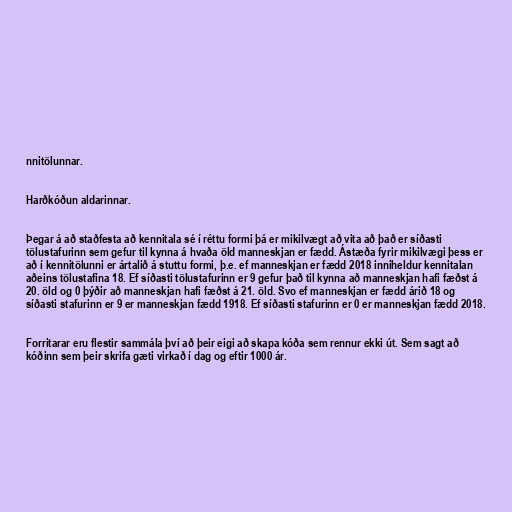
nnitölunnar.

Harðkóðun aldarinnar.

Þegar á að staðfesta að kennitala sé í réttu formi þá er mikilvægt að vita að það er síðasti
tölustafurinn sem gefur til kynna á hvaða öld manneskjan er fædd. Ástæða fyrir mikilvægi þess er
að í kennitölunni er ártalið á stuttu formi, þ.e. ef manneskjan er fædd 2018 inniheldur kennitalan
aðeins tölustafina 18. Ef síðasti tölustafurinn er 9 gefur það til kynna að manneskjan hafi fæðst á
20. öld og 0 þýðir að manneskjan hafi fæðst á 21. öld. Svo ef manneskjan er fædd árið 18 og
síðasti stafurinn er 9 er manneskjan fædd 1918. Ef síðasti stafurinn er 0 er manneskjan fædd 2018.

Forritarar eru flestir sammála því að þeir eigi að skapa kóða sem rennur ekki út. Sem sagt að
kóðinn sem þeir skrifa gæti virkað í dag og eftir 1000 ár.